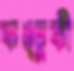
কঙ্চুকী